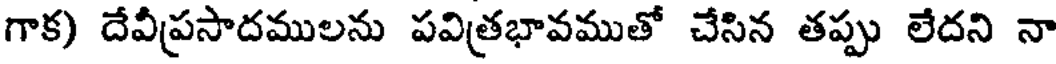
గాక) దేవీప్రసాదములను పవిత్రభావముతో చేసిన తప్పు లేదని నా